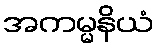
အကမ္မနိယံ